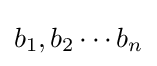
b_{1},b_{2}\cdots b_{n}